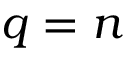
q = n